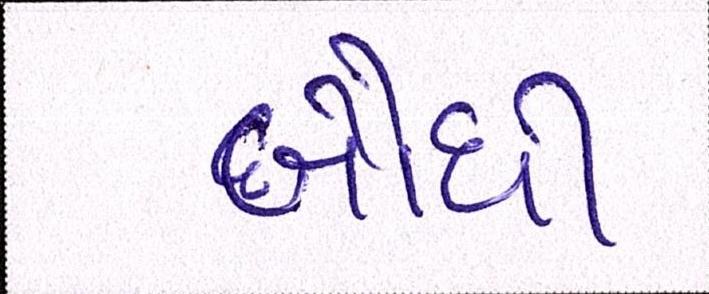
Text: બૌધી